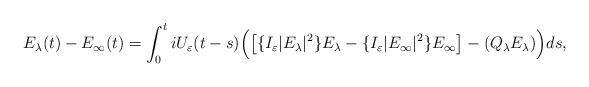
LaTeX: \begin{align*}E_{\lambda}(t)-E_{\infty}(t)=\int_{0}^{t} iU_{\varepsilon}(t-s)\Big(\big[\{{I_{\varepsilon}}|E_{\lambda}|^{2}\}E_{\lambda}-\{{I_{\varepsilon}}|E_{\infty}|^{2}\}E_{\infty}\big] -(Q_{\lambda} E_{\lambda})\Big)ds, \end{align*}